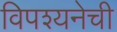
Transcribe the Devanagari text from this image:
विपश्यनेची